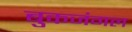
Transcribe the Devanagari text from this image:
बुकजंगल